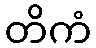
တိကံ